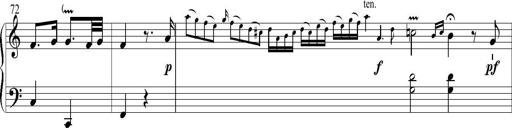
Title: 6 Leichte Sonatinen, Teil 1
Composer: F. Sigismund Sander